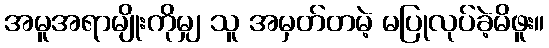
အမူအရာမျိုးကိုမျှ သူ အမှတ်တမဲ့ မပြုလုပ်ခဲ့မိဖူး။